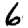
Digit: 6